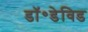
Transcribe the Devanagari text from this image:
डॉ॰डेविड